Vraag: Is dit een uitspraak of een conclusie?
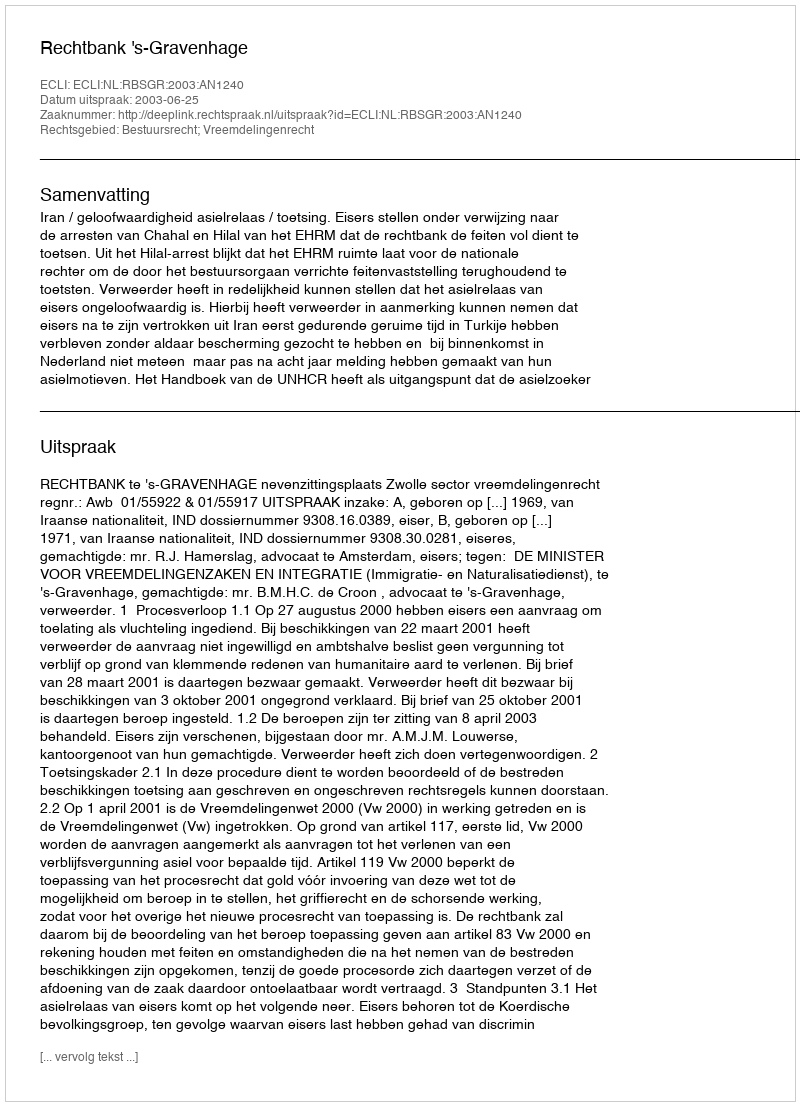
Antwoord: Uitspraak